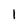
Character: 1